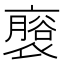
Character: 𮖬